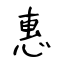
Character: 惠